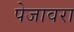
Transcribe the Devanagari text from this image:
पेजावरा